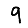
Digit: 9